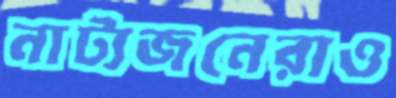
নাট্যজনেরাও